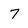
Character: 7